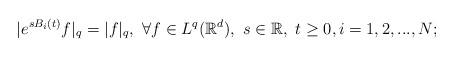
LaTeX: \begin{align*}|e^{sB_i(t)}f|_q=|f|_q,\ \forall f\in L^q(\mathbb{R}^d),\ s\in\mathbb{R},\ t\geq0, i=1,2,...,N;\end{align*}